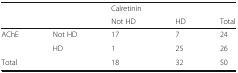
<table><thead><tr><td></td><td></td><td><b>Calretinin</b></td><td></td><td></td></tr><tr><td></td><td></td><td><b>Not HD</b></td><td><b>HD</b></td><td><b>Total</b></td></tr></thead><tbody><tr><td>AChE</td><td>Not HD</td><td>17</td><td>7</td><td>24</td></tr><tr><td></td><td>HD</td><td>1</td><td>25</td><td>26</td></tr><tr><td>Total</td><td></td><td>18</td><td>32</td><td>50</td></tr></tbody></table>